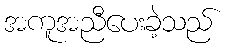
အကူအညီပေးခဲ့သည်